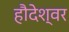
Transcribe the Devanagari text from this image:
हौदेश्वर